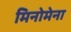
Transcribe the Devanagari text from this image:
मिनोमेना